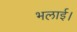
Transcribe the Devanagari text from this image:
भलाई।